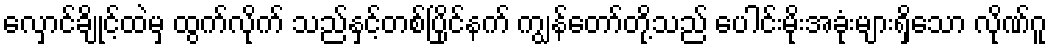
လှောင်ချိုင့်ထဲမှ ထွက်လိုက် သည်နှင့်တစ်ပြိုင်နက် ကျွန်တော်တို့သည် ပေါင်းမိုးအခုံးများရှိသော လိုဏ်ဂူ